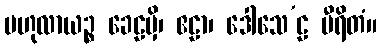
ဗဟုလာယဉ္စ ခေဠမှိ၊ ဧဠာ၊ ဒေါသေ’ဠ မီရိတံ။